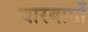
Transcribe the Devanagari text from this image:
चारबागों